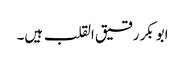
ابوبکر رقیق القلب ہیں۔